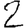
Digit: 2